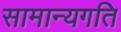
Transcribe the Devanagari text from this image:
सामान्यगति